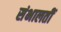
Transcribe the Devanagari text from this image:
संभालतीं